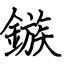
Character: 鏃